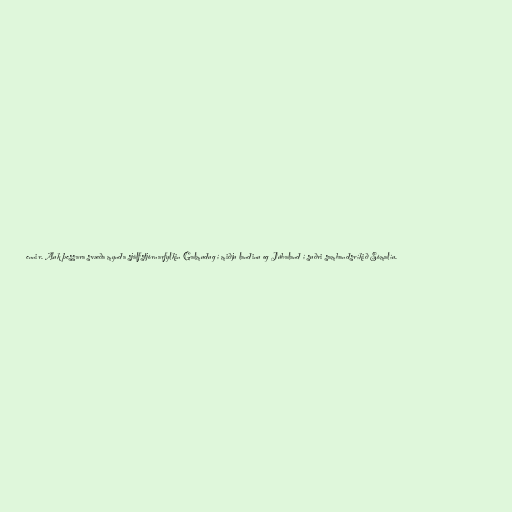
ennir. Auk þessara svæða mynda sjálfstjórnarfylkin Galmudug í miðju landinu og Júbaland í suðri sambandsríkið Sómalíu.